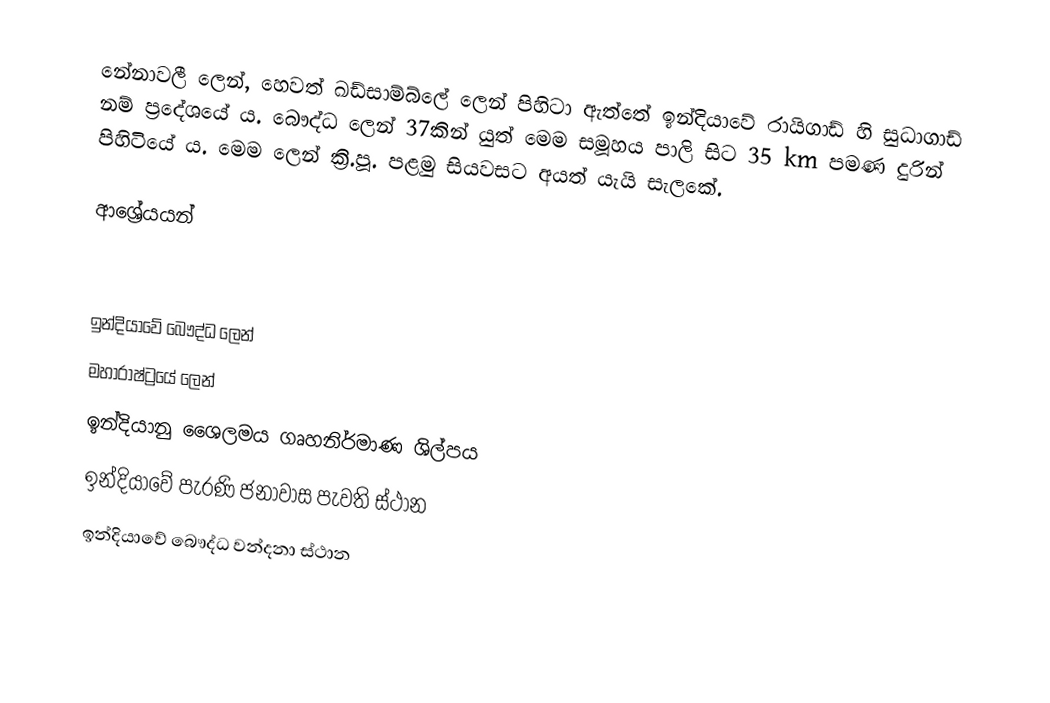
නේනාවලී ලෙන්, හෙවත් ඛඩ්සාම්බ්ලේ ලෙන් පිහිටා ඇත්තේ ඉන්දියාවේ රායිගාඩ් හි සුධාගාඩ් නම් ප්‍රදේශයේ ය. බෞද්ධ ලෙන් 37කින් යුත් මෙම සමූහය පාලි සිට 35 km පමණ දුරින් පිහිටියේ ය. මෙම ලෙන් ක්‍රි.පූ. පළමු සියවසට අයත් යැයි සැලකේ.

ආශ්‍රේයයන්

ඉන්දියාවේ බෞද්ධ ලෙන්
මහාරාෂ්ට්‍රයේ ලෙන්
ඉන්දියානු ශෛලමය ගෘහනිර්මාණ ශිල්පය
ඉන්දියාවේ පැරණි ජනාවාස පැවති ස්ථාන
ඉන්දියාවේ බෞද්ධ වන්දනා ස්ථාන